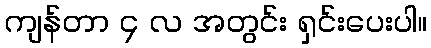
ကျန်တာ ၄ လ အတွင်း ရှင်းပေးပါ။